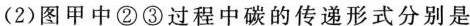
(2)图甲中②③过程中碳的传递形式分别是